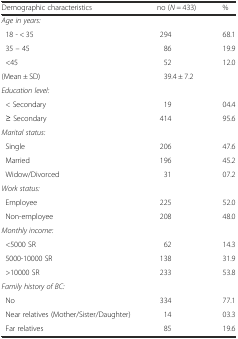
<table><thead><tr><td><b>Demographic characteristics</b></td><td><b>no (<i>N =</i> 433)</b></td><td><b>%</b></td></tr></thead><tbody><tr><td><i>Age in years:</i></td><td></td><td></td></tr><tr><td> 18 - &lt; 35</td><td>294</td><td>68.1</td></tr><tr><td> 35 – 45</td><td>86</td><td>19.9</td></tr><tr><td> &lt;45</td><td>52</td><td>12.0</td></tr><tr><td>(Mean ± SD)</td><td>39.4 ± 7.2</td><td></td></tr><tr><td><i>Education level:</i></td><td></td><td></td></tr><tr><td> &lt; Secondary</td><td>19</td><td>04.4</td></tr><tr><td> ≥ Secondary</td><td>414</td><td>95.6</td></tr><tr><td><i>Marital status:</i></td><td></td><td></td></tr><tr><td> Single</td><td>206</td><td>47.6</td></tr><tr><td> Married</td><td>196</td><td>45.2</td></tr><tr><td> Widow/Divorced</td><td>31</td><td>07.2</td></tr><tr><td><i>Work status:</i></td><td></td><td></td></tr><tr><td> Employee</td><td>225</td><td>52.0</td></tr><tr><td> Non-employee</td><td>208</td><td>48.0</td></tr><tr><td><i>Monthly income:</i></td><td></td><td></td></tr><tr><td> &lt;5000 SR</td><td>62</td><td>14.3</td></tr><tr><td> 5000-10000 SR</td><td>138</td><td>31.9</td></tr><tr><td> &gt;10000 SR</td><td>233</td><td>53.8</td></tr><tr><td><i>Family history of BC:</i></td><td></td><td></td></tr><tr><td> No</td><td>334</td><td>77.1</td></tr><tr><td> Near relatives (Mother/Sister/Daughter)</td><td>14</td><td>03.3</td></tr><tr><td> Far relatives</td><td>85</td><td>19.6</td></tr></tbody></table>